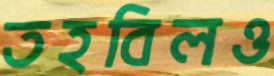
তহবিলও